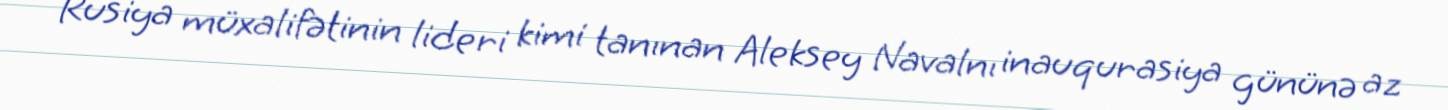
Rusiya müxalifətinin lideri kimi tanınan Aleksey Navalnı inauqurasiya gününə az